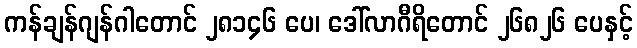
ကန်ချန်ဂျန်ဂါတောင် ၂၈၁၄၆ ပေ၊ ဒေါ်လာဂီရိတောင် ၂၆၈၂၆ ပေနှင့်